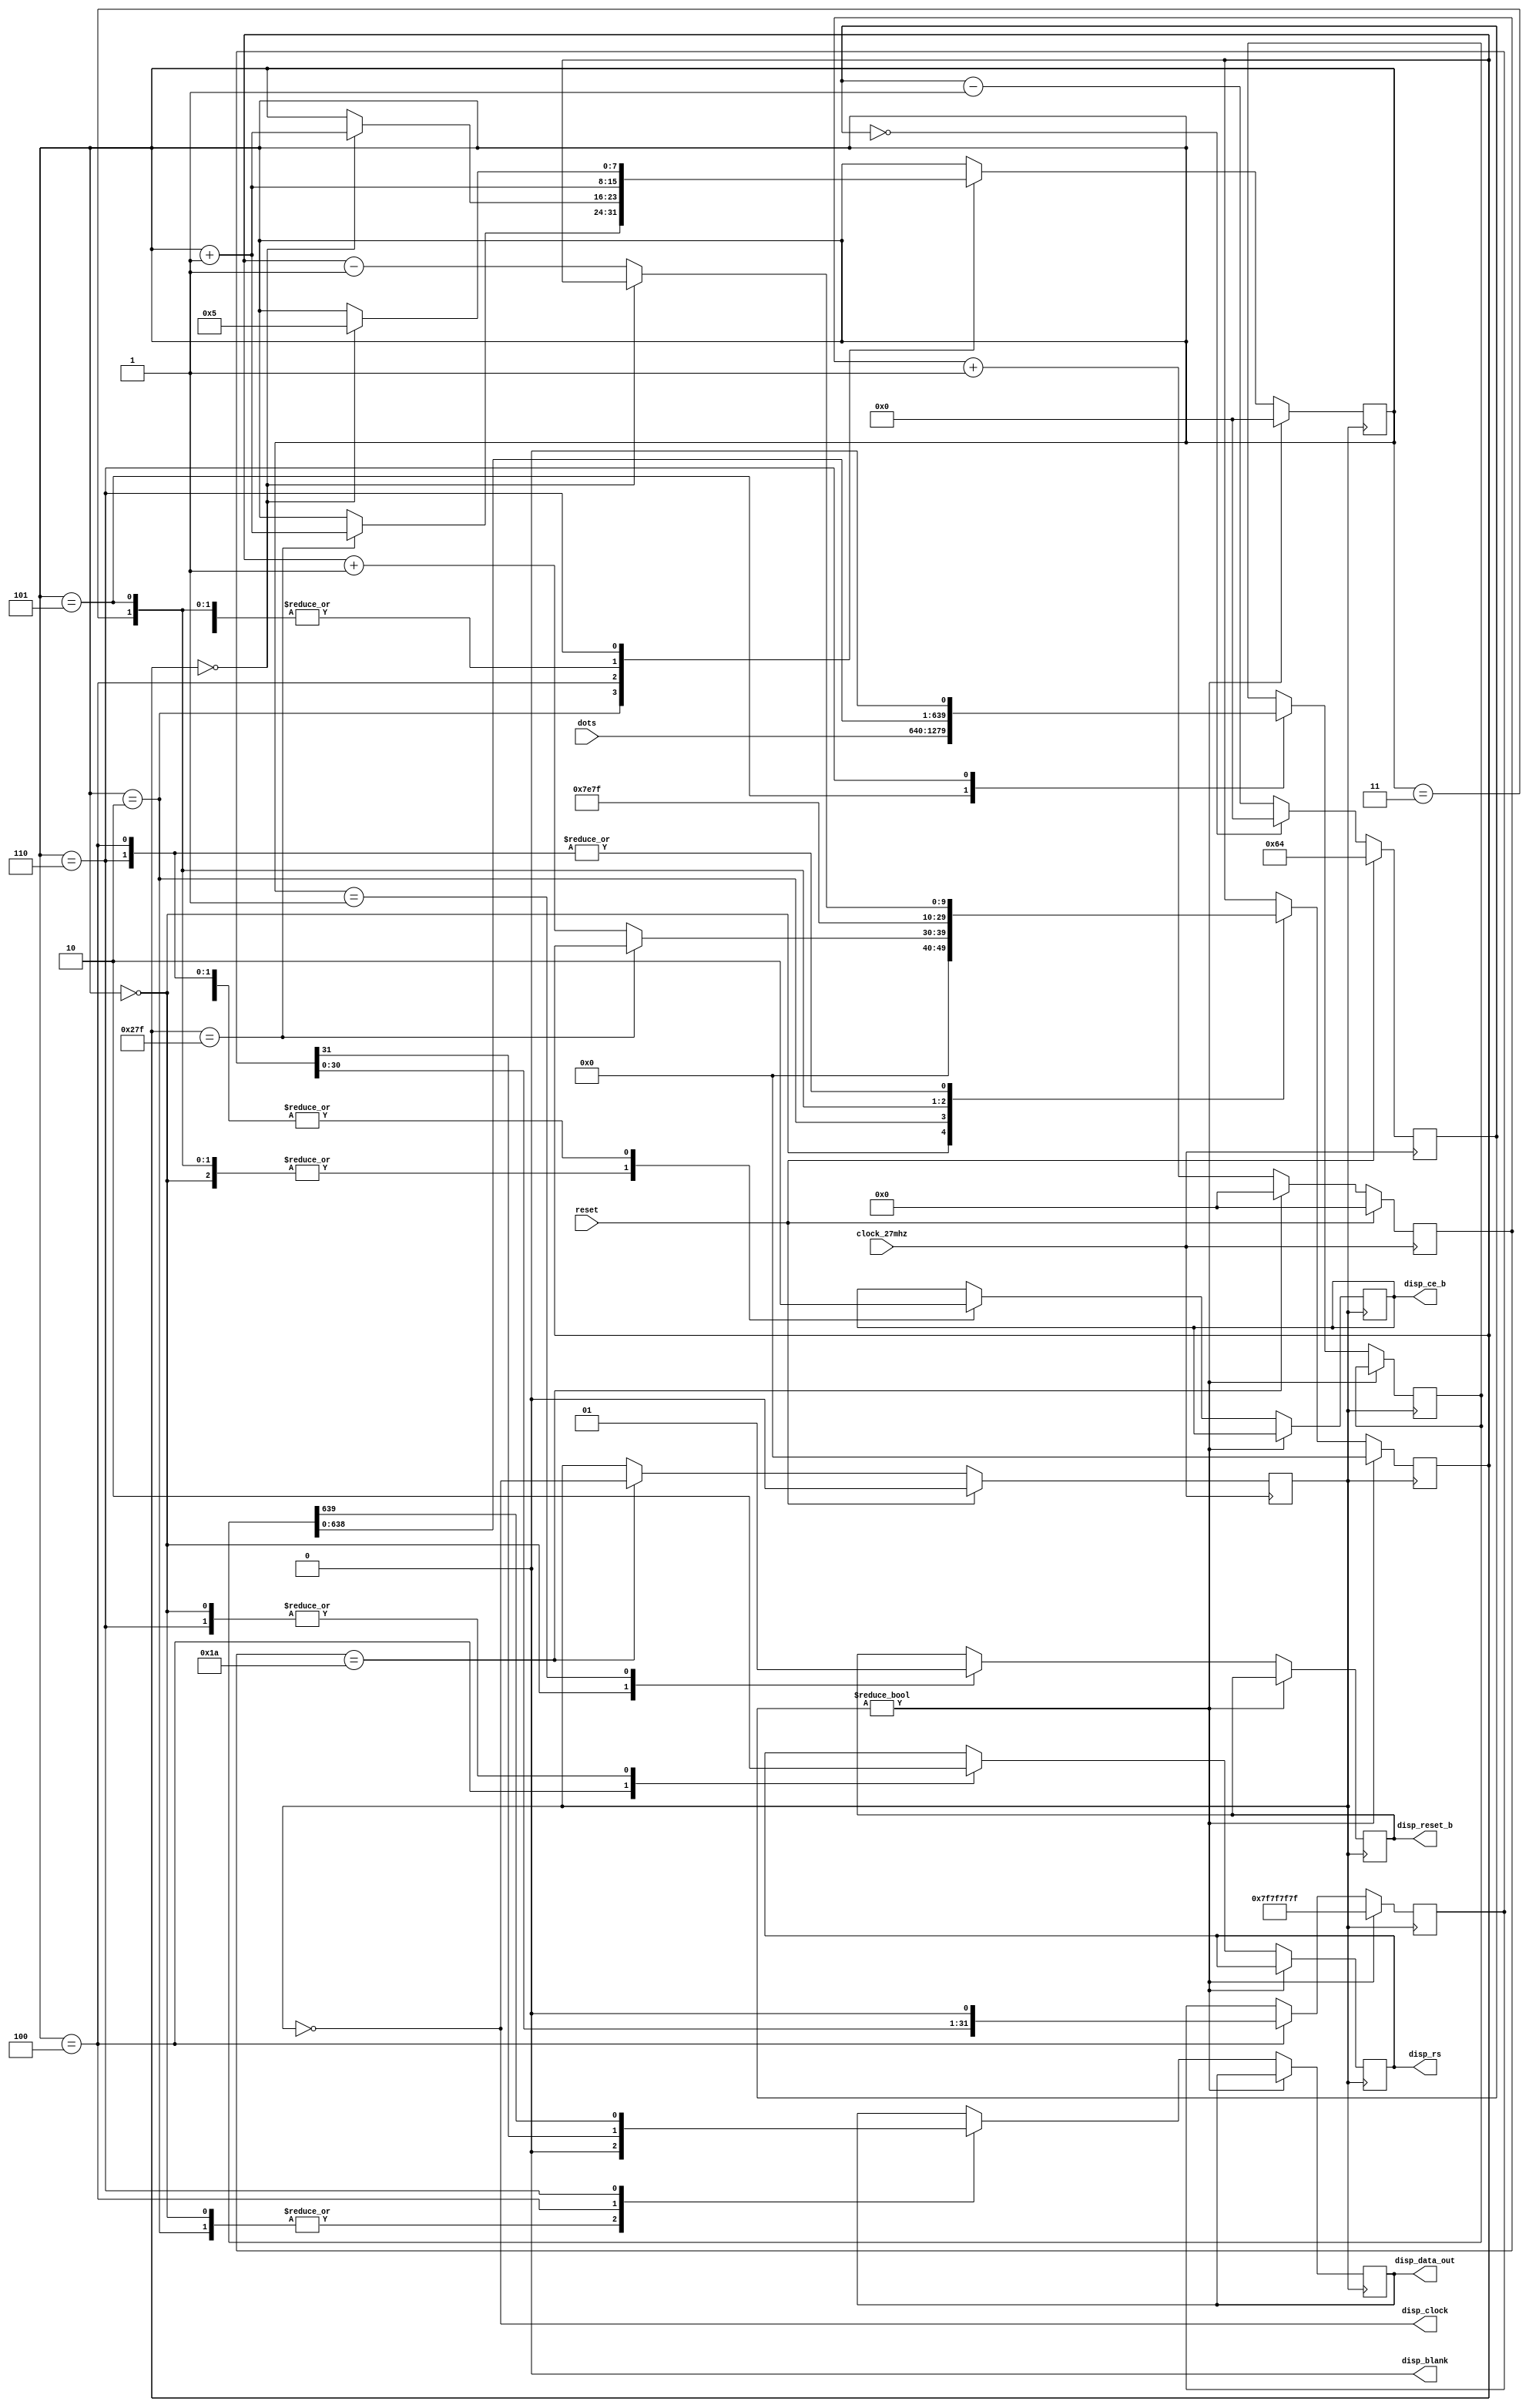
///////////////////////////////////////////////////////////////////////////////
//
// 6.111 FPGA Labkit -- Alphanumeric Display Interface
//
//
//
///////////////////////////////////////////////////////////////////////////////
//
// Change history
//
// 2005-05-09: Made <dots> input registered, and converted the 640-input MUX
//             to a 640-bit shift register.
//
///////////////////////////////////////////////////////////////////////////////

module display (reset, clock_27mhz,
		disp_blank, disp_clock, disp_rs, disp_ce_b,
		disp_reset_b, disp_data_out, dots);

   input  reset, clock_27mhz;
   output disp_blank, disp_clock, disp_data_out, disp_rs, disp_ce_b, 
	  disp_reset_b;
   input [639:0] dots;
   
   reg disp_data_out, disp_rs, disp_ce_b, disp_reset_b;

   ////////////////////////////////////////////////////////////////////////////
   //
   // Display Clock
   //
   // Generate a 500kHz clock for driving the displays.
   //
   ////////////////////////////////////////////////////////////////////////////
   
   reg [4:0] count;
   reg [7:0] reset_count;
   reg clock;
   wire dreset;

   always @(posedge clock_27mhz)
     begin
	if (reset)
	  begin
	     count = 0;
	     clock = 0;
	  end
	else if (count == 26)
	  begin
	     clock = ~clock;
	     count = 5'h00;
	  end
	else
	  count = count+1;
     end
   
   always @(posedge clock_27mhz)
     if (reset)
       reset_count <= 100;
     else
       reset_count <= (reset_count==0) ? 0 : reset_count-1;

   assign dreset = (reset_count != 0);

   assign disp_clock = ~clock;
   
   ////////////////////////////////////////////////////////////////////////////
   //
   // Display State Machine
   //
   ////////////////////////////////////////////////////////////////////////////
   
   reg [7:0] state;
   reg [9:0] dot_index;
   reg [31:0] control;
   reg [639:0] ldots;
   
   assign disp_blank = 1'b0; // low <= not blanked
   
   always @(posedge clock)
     if (dreset)
       begin
	  state <= 0;
	  dot_index <= 0;
	  control <= 32'h7F7F7F7F;
       end
     else
       casex (state)
	 8'h00:
	   begin
	      // Reset displays
	      disp_data_out <= 1'b0; 
	      disp_rs <= 1'b0; // dot register
	      disp_ce_b <= 1'b1;
	      disp_reset_b <= 1'b0;	     
	      dot_index <= 0;
	      state <= state+1;
	   end
	 
	 8'h01:
	   begin
	      // End reset
	      disp_reset_b <= 1'b1;
	      state <= state+1;
	   end
	 
	 8'h02:
	   begin
	      // Initialize dot register
	      disp_ce_b <= 1'b0;
	      disp_data_out <= 1'b0; // dot_index[0];
	      if (dot_index == 639)
		state <= state+1;
	      else
		dot_index <= dot_index+1;
	   end
	 
	 8'h03:
	   begin
	      // Latch dot data
	      disp_ce_b <= 1'b1;
	      dot_index <= 31;
	      state <= state+1;
	   end
	 
	 8'h04:
	   begin
	      // Setup the control register
	      disp_rs <= 1'b1; // Select the control register
	      disp_ce_b <= 1'b0;
	      disp_data_out <= control[31];
	      control <= {control[30:0], 1'b0};
	      if (dot_index == 0)
		state <= state+1;
	      else
		dot_index <= dot_index-1;
	   end
	  
	 8'h05:
	   begin
	      // Latch the control register data
	      disp_ce_b <= 1'b1;
	      dot_index <= 639;
	      ldots <= dots;
	      state <= state+1;
	   end
	 
	 8'h06:
	   begin
	      // Load the user's dot data into the dot register
	      disp_rs <= 1'b0; // Select the dot register
	      disp_ce_b <= 1'b0;
	      disp_data_out <= ldots[639];
	      ldots <= ldots<<1;
	      if (dot_index == 0)
		state <= 5;
	      else
		dot_index <= dot_index-1;
	   end
       endcase
   
endmodule